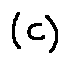
( C )